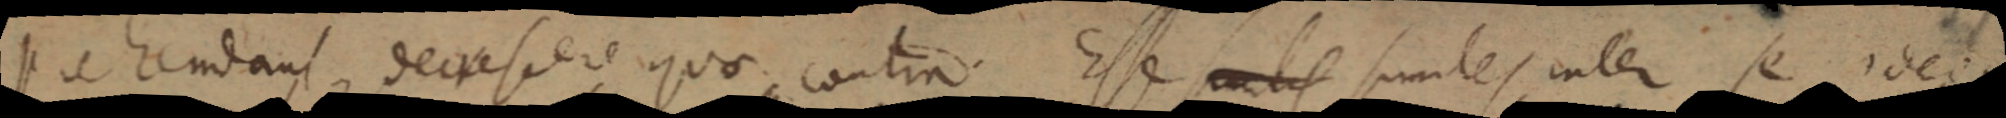
prehendant decresere quae contra Esse _ similes inter se ideoque